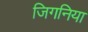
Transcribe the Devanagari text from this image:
जिगनिया